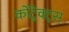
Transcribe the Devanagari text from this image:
कोंट्रेक्ट्स